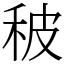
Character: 秛